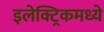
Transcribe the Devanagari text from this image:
इलेक्ट्रिकमध्ये